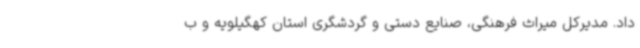
داد. مدیرکل میراث فرهنگی، صنایع دستی و گردشگری استان کهگیلویه و ب